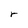
Character: r